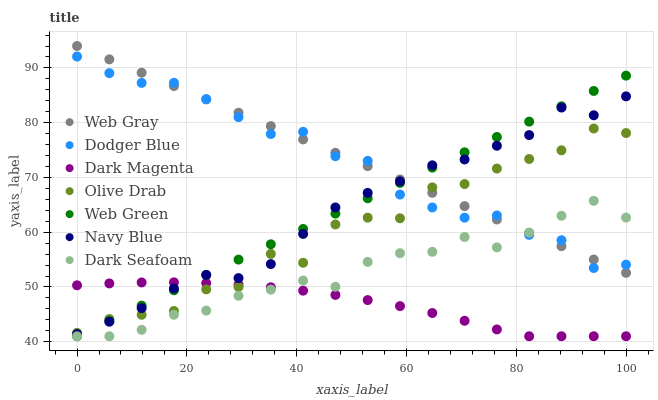
| xaxis_label | Web Gray | Dodger Blue | Dark Magenta | Olive Drab | Web Green | Navy Blue | Dark Seafoam |
 | --- | --- | --- | --- | --- | --- | --- | --- |
 | 0 | 94 | 92.1 | 50.3 | 41.6 | 41 | 41.4 | 41 |
 | 5.88 | 91.6 | 89 | 50.6 | 44.2 | 43.8 | 43.7 | 41 |
 | 11.8 | 89.1 | 87.3 | 50.8 | 44.9 | 46.6 | 46.1 | 42.2 |
 | 17.6 | 86.7 | 87.3 | 50.8 | 45.6 | 49.4 | 49.7 | 44.9 |
 | 23.5 | 84.3 | 84.3 | 50.7 | 49.6 | 52.2 | 52.2 | 45.7 |
 | 29.4 | 81.8 | 81 | 50.4 | 50 | 55 | 51.6 | 48.4 |
 | 35.3 | 79.4 | 77.9 | 49.9 | 56 | 57.8 | 54.2 | 49.5 |
 | 41.2 | 76.9 | 78.3 | 49.3 | 54.4 | 60.6 | 59.7 | 51.2 |
 | 47.1 | 74.5 | 73.9 | 48.5 | 61.4 | 63.4 | 64.5 | 50 |
 | 52.9 | 72.1 | 73 | 47.6 | 62.7 | 66.2 | 67.2 | 54.6 |
 | 58.8 | 69.6 | 66.9 | 46.5 | 62.5 | 69 | 69.3 | 56.2 |
 | 64.7 | 67.2 | 64.5 | 45.2 | 68.2 | 71.8 | 72.2 | 56.4 |
 | 70.6 | 64.8 | 62.7 | 43.8 | 68.8 | 74.6 | 73.3 | 59.1 |
 | 76.5 | 62.3 | 63.1 | 42.2 | 71.6 | 77.4 | 75.8 | 57.2 |
 | 82.4 | 59.9 | 59.5 | 41 | 73.4 | 80.2 | 77.7 | 59.9 |
 | 88.2 | 57.4 | 58.5 | 41 | 75 | 83 | 82.8 | 63 |
 | 94.1 | 55 | 53.5 | 41 | 78.9 | 85.8 | 81.4 | 65.7 |
 | 100 | 52.6 | 54.1 | 41 | 78.1 | 88.6 | 84.8 | 62.7 |